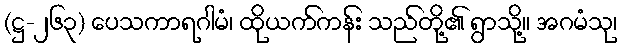
(ဋ္ဌ-၂၆၃) ပေသကာရဂါမံ၊ ထိုယက်ကန်း သည်တို့၏ ရွာသို့။ အဂမံသု၊